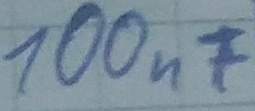
Text: 100nF